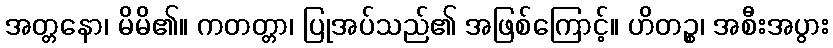
အတ္တနော၊ မိမိ၏။ ကတတ္တာ၊ ပြုအပ်သည်၏ အဖြစ်ကြောင့်။ ဟိတဉ္စ၊ အစီးအပွား